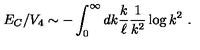
E _ { C } / V _ { 4 } \sim - \int _ { 0 } ^ { \infty } d k { \frac { k } { \ell } } { \frac { 1 } { k ^ { 2 } } } \log k ^ { 2 } \ .